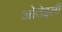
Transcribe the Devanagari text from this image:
ओतेइली